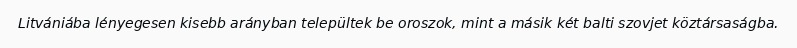
Litvániába lényegesen kisebb arányban települtek be oroszok, mint a másik két balti szovjet köztársaságba.